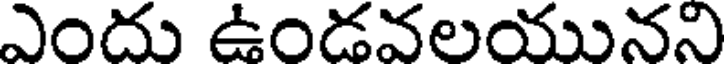
ఎందు ఉండవలయునని